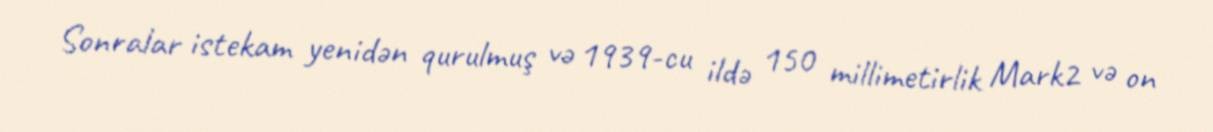
Sonralar istekam yenidən qurulmuş və 1939-cu ildə 150 millimetirlik Mark2 və on